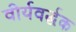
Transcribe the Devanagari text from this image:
वीर्यवर्द्घक